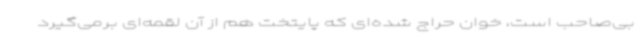
بی‌صاحب است، خوان حراج شده‌ای که پایتخت هم از آن لقمه‌ای برمی‌گیرد